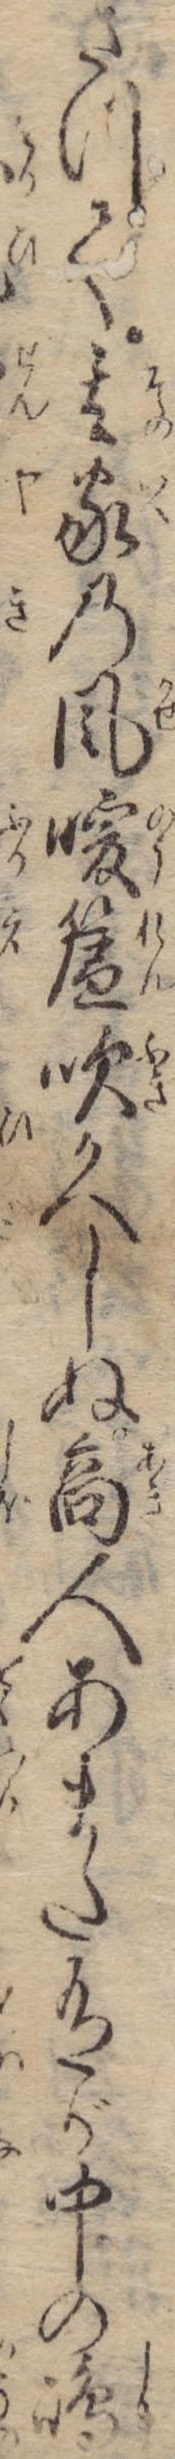
さつて其家の風暖簾吹かへしぬ商人あまた有が中の島